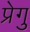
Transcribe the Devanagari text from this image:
प्रेगु